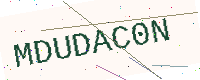
Text: MDUDAC0N